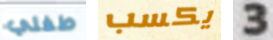
طفلي يكسب 3